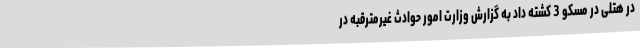
در هتلی در مسکو 3 کشته داد به گزارش وزارت امور حوادث غیرمترقبه در